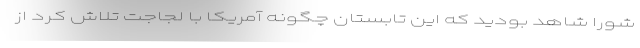
شورا شاهد بودید که این تابستان چگونه آمریکا با لجاجت تلاش کرد از